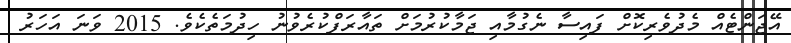
އޭޖަންޓެއް މެދުވެރިކޮށް ފައިސާ ނެގުމާއި ޖަމާކުރުމަށް ތައާރަފްކުރެވުނު ހިދުމަތެކެވެ. 2015 ވަނަ އަހަރު